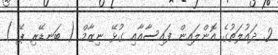
2. ދައުލަތުގެ އޮންލައިން ފައިސާއާއި ގުޅޭ ނިޒާމް ( ބަނޑޭރި ޕޭ )